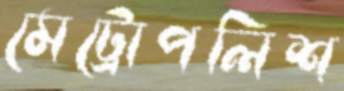
মেট্রোপলিশ